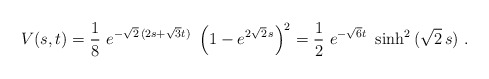
\begin{align*}V(s,t) = \frac{1}{8}\ {e^{-{\sqrt{2}}\, (2s+{\sqrt{3}}t )}}\ \left(1-{e^{2{\sqrt{2}}\, s}}\right)^2 = \frac{1}{2}\ e^{- \sqrt{6} t } \ \sinh^2 \,(\sqrt {2 }\,s)\ .\end{align*}